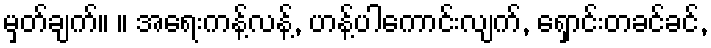
မှတ်ချက်။ ။ အရေးကန့်လန့်, ဟန့်ပါကောင်းလျက်, ရှောင်းတခင်ခင်,